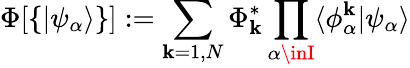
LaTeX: \Phi[\{ \vert\psi_{\alpha}\rangle\} ]:=\sum_{\mathbf{k}=1,N}\Phi_{\mathbf{k}}^{*}\prod_{\alpha\inI}\langle\phi_{\alpha}^{\mathbf{k}}\vert\psi_{\alpha}\rangle